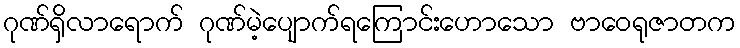
ဂုဏ်ရှိလာရောက် ဂုဏ်မဲ့ပျောက်ရကြောင်းဟောသော ဗာဝေရုဇာတက